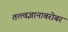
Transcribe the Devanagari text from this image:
तत्त्वज्ञानाबरोबर